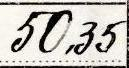
50,35